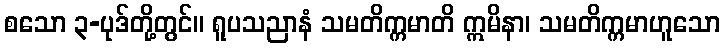
စသော ၃-ပုဒ်တို့တွင်။ ရူပသညာနံ သမတိက္ကမာတိ ဣမိနာ၊ သမတိက္ကမာဟူသော